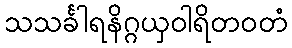
သသင်္ခါရနိဂ္ဂယှဝါရိတဝတံ